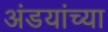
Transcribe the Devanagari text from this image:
अंडयांच्या